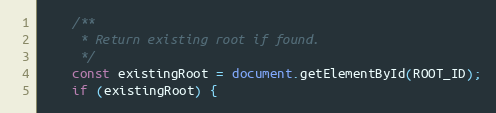
Language: JavaScript
    /**
     * Return existing root if found.
     */
    const existingRoot = document.getElementById(ROOT_ID);
    if (existingRoot) {